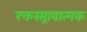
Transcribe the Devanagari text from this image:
रक्तस्स्रावात्मक